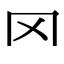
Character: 罓